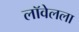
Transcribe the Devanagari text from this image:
लॉवेलला